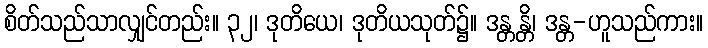
စိတ်သည်သာလျှင်တည်း။ ၃၂၊ ဒုတိယေ၊ ဒုတိယသုတ်၌။ ဒန္တန္တိ၊ ဒန္တ-ဟူသည်ကား။